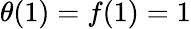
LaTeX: \theta(1)=f(1)=1